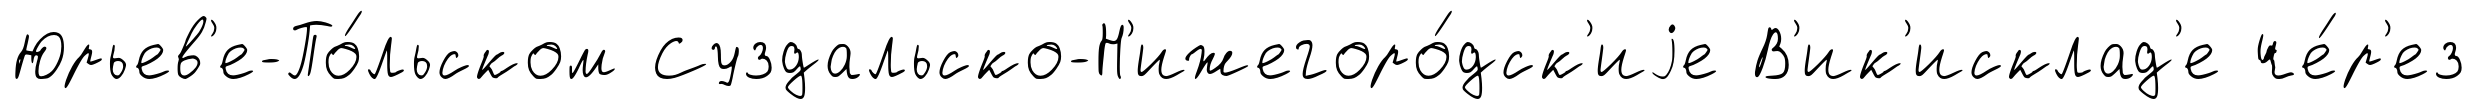
Юрьев'е-По́льском Суздальско-Н'ижегоро́дск'иjе В'ик'исклад'е че́р'ез